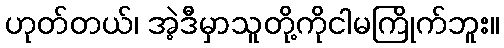
ဟုတ်တယ်၊ အဲ့ဒီမှာသူတို့ကိုငါမကြိုက်ဘူး။